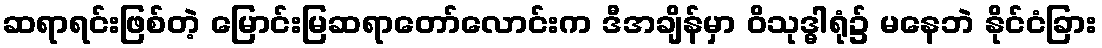
ဆရာရင်းဖြစ်တဲ့ မြောင်းမြဆရာတော်လောင်းက ဒီအချိန်မှာ ဝိသုဒ္ဓါရုံ၌ မနေဘဲ နိုင်ငံခြား